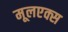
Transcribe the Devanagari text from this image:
मूलएक्स